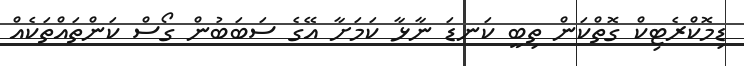
ޑިމޮކްރެޓިކް ގޮތްކަން ތިބީ ކަނޑަ ނާޅާ ކަމަށާ އޭގެ ސަބަބުން ގޯސް ކަންތައްތަކެއް